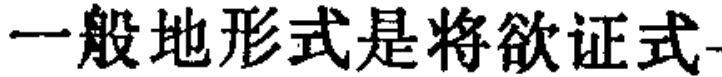
一般地形式是将欲证式